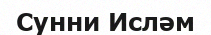
Сунни Исләм